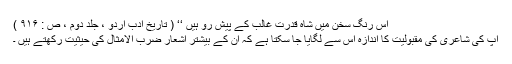
اس رنگِ سخن میں شاہ قدرتؔ غالبؔ کے پیش رو ہیں ‘‘ ( تاریخ ادب اردو ، جلد دوم ، ص : ۹۱۶ )
آپ کی شاعری کی مقبولیت کا اندازہ اس سے لگایا جا سکتا ہے کہ ان کے بیشتر اشعار ضرب الامثال کی حیثیت رکھتے ہیں ۔